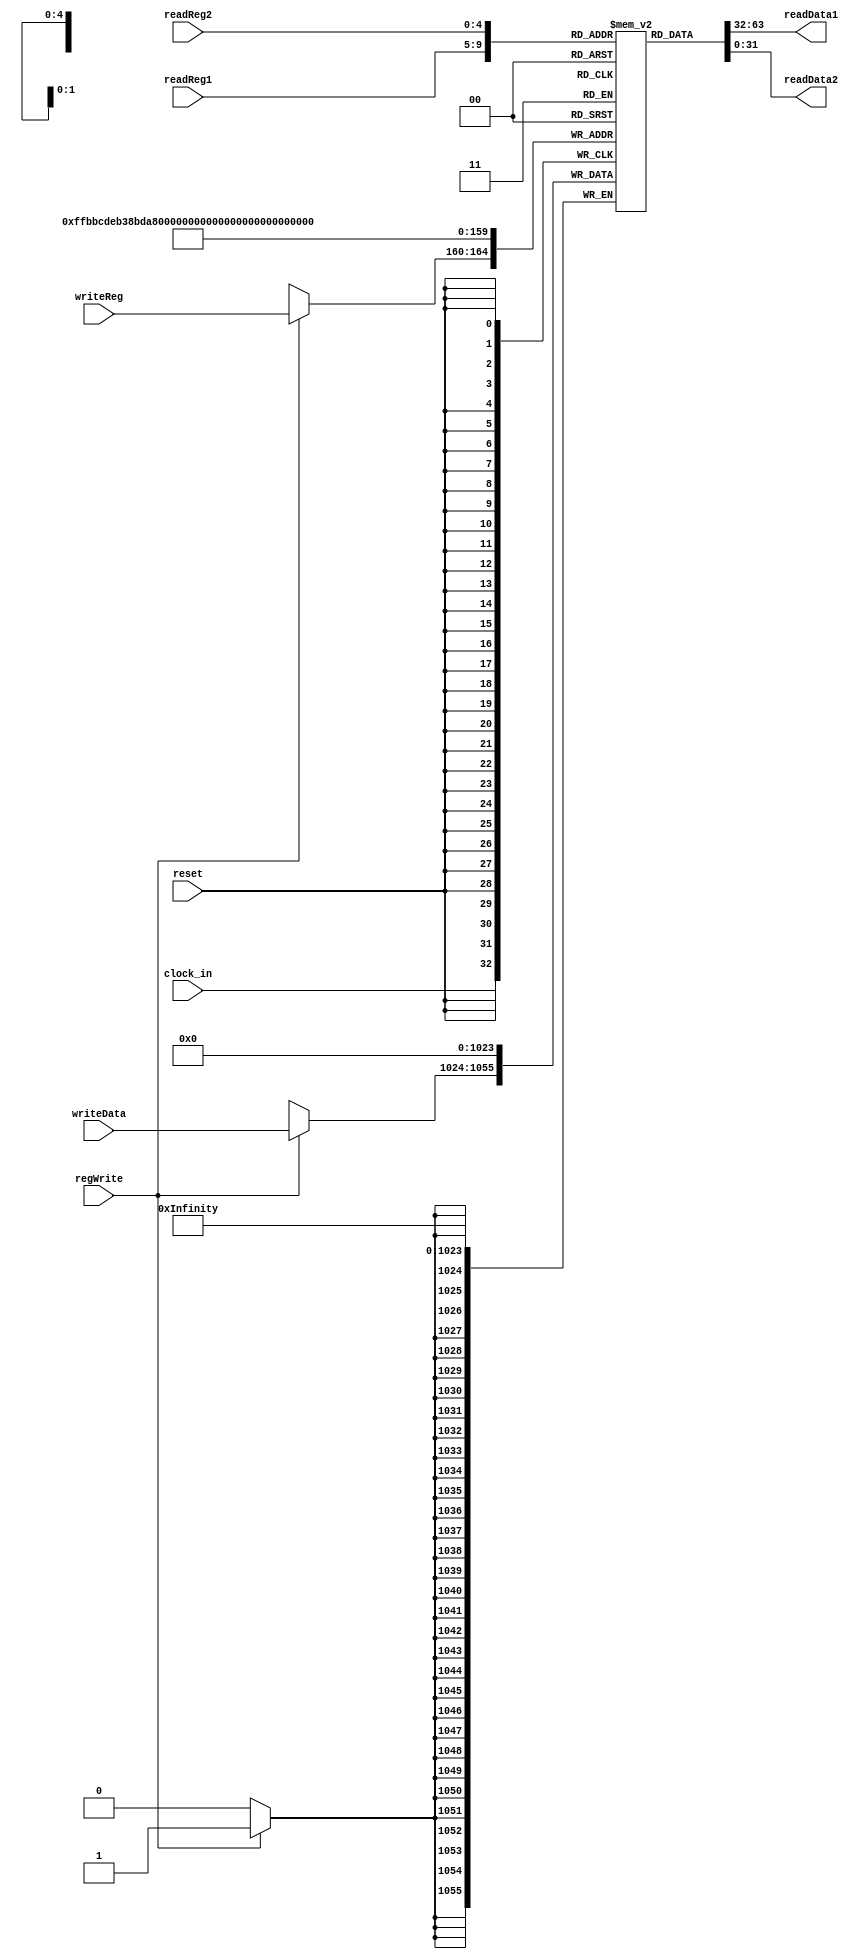
`timescale 1ns / 1ps
//////////////////////////////////////////////////////////////////////////////////
// Company: 
// Engineer: 
// 
// Design Name: 
// Module Name:    register 
// Project Name: 
// Target Devices: 
// Tool versions: 
// Description: 
//
// Dependencies: 
//
// Revision: 
// Revision 0.01 - File Created
// Additional Comments: 
//
//////////////////////////////////////////////////////////////////////////////////
module register(clock_in, readReg1, readReg2, writeReg, readData1, readData2, writeData, regWrite, reset);
    input clock_in;
	 input regWrite;
	 input reset;
	 input [4:0] writeReg;
	 input [25:21] readReg1;
	 input [20:16] readReg2;
	 input [31:0] writeData;
	 output [31:0] readData1;
	 output [31:0] readData2;
    
	 reg [31:0] regFile[31:0];
	 reg [31:0] readData1;
	 reg [31:0] readData2;
	 integer i;
	 
	 always @ (readReg1 or readReg2)
	 begin
		readData1 <= regFile[readReg1];
		readData2 <= regFile[readReg2];
		
	 end
	 
	 always @ (negedge clock_in)
	 begin
	 if(regWrite==1)
		regFile[writeReg] <= writeData;
	 end
	 
	 always @ (posedge reset)
	 begin
		for(i=0;i<32;i=i+1)
		begin
			regFile[i] <= 0;
		end
	 end
endmodule